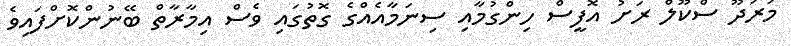
މަަރަދޫ ސްކޫލް ރަށު އޮފީސް ހިންގުމާއި ސިނަމާއެއްގެ ގޮތުގައި ވެސް އިމާރާތް ބޭނުންކޮށްފައިވެ